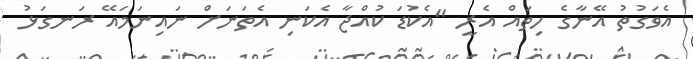
އެވަގުތު އޭނާގެ ހިތައް އެރީ "އެކުޑަ ކުއްޖާ އެކަނި އެތަނަށް ނައިނަމައޭ ރަނގަޅު